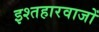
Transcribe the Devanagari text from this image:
इश्तहारवाजों